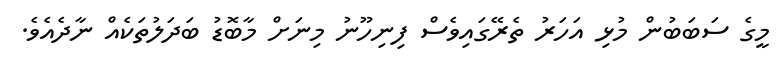
މީގެ ސަބަބުން މުޅި އަހަރު ތެރޭގައިވެސް ފިނިހޫނު މިނަށް މާބޮޑު ބަދަލުތަކެއް ނާދެއެވެ.